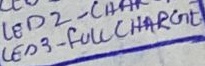
Text: LED3 - FULL CHARGE